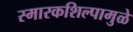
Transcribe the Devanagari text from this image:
स्मारकशिल्पामुळे